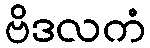
ဗိဒလကံ